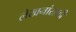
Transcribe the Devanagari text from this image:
लेखनांसाठी